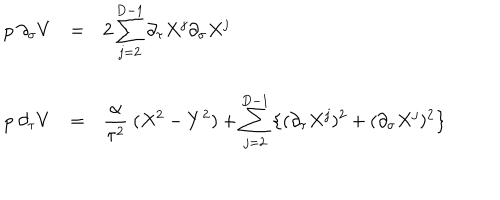
LaTeX: \begin{array} { l c l } { { p ~ \partial _ { \sigma } V } } & { { = } } & { { { \displaystyle 2 \sum _ { j = 2 } ^ { D - 1 } \partial _ { \tau } X ^ { j } \partial _ { \sigma } X ^ { j } } } } \\ { { } } & { { } } & { { } } \\ { { p ~ \partial _ { \tau } V } } & { { = } } & { { { \displaystyle \frac { \alpha } { \tau ^ { 2 } } ~ ( X ^ { 2 } - Y ^ { 2 } ) + \sum _ { j = 2 } ^ { D - 1 } \left\{ ( \partial _ { \tau } X ^ { j } ) ^ { 2 } + ( \partial _ { \sigma } X ^ { j } ) ^ { 2 } \right\} } } } \\ \end{array}